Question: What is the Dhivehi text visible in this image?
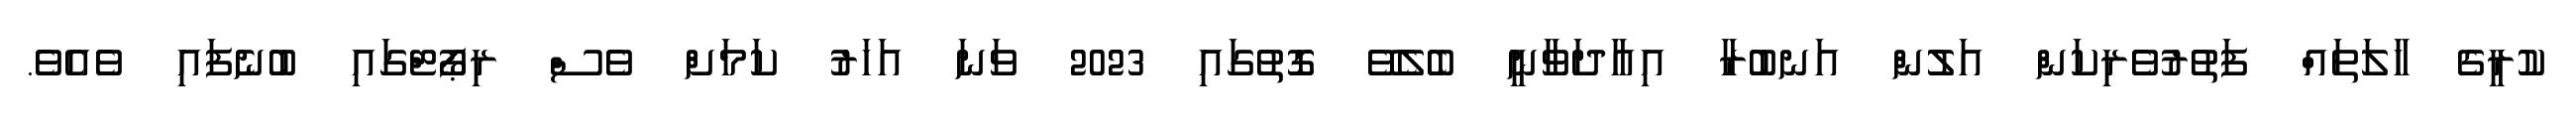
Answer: ކުރީގެ ހާލަތައް ފަތުރުވެރިކަން އަލުން އަނބުރާ އިއާދަވާނީ ބެލެވޭ ގޮތުގައި 2023 ވަނަ އަހަރު ކަމަށް ވެސް ރިޕޯޓްގައި ބުނެފައި ވެއެވެ.